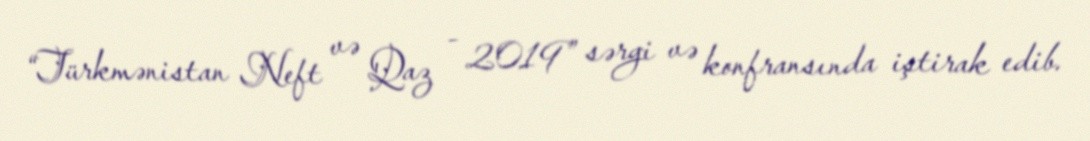
“Türkmənistan Neft və Qaz - 2019” sərgi və konfransında iştirak edib.